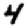
Digit: 4